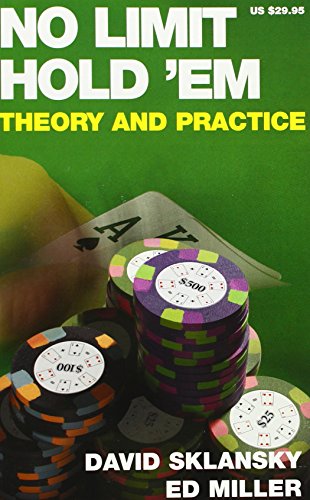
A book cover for No Limit Hold 'em: Theory and Practice; David Sklansky; Humor & Entertainment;